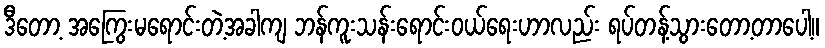
ဒီတော့ အကြွေးမရောင်းတဲ့အခါကျ ဘန်ကူးသန်းရောင်းဝယ်ရေးဟာလည်း ရပ်တန့်သွားတော့တာပေါ့။